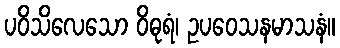
ပဝိသိလေသော ဝိဓုရံ၊ ဥပဝေသနမာသနံ။